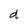
Character: d